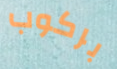
بركوب